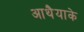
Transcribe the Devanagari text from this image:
आथैयाके